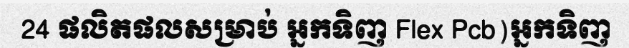
24 ផលិតផលសម្រាប់ អ្នកទិញ Flex Pcb)អ្នកទិញ